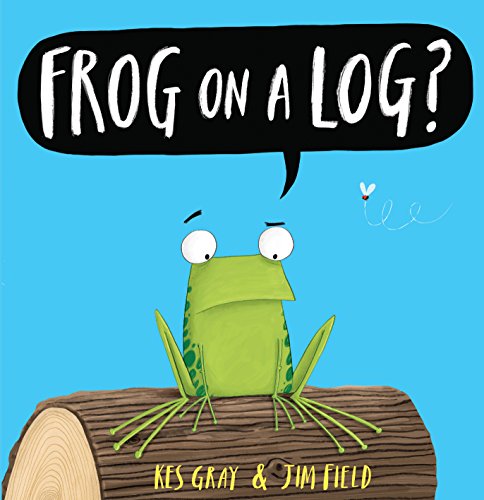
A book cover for Frog on a Log?; Kes Gray; Children's Books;